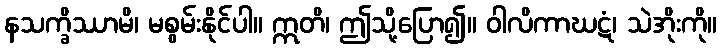
နသက္ခိဿာမိ၊ မစွမ်းနိုင်ပါ။ ဣတိ၊ ဤသို့ပြော၍။ ဝါလိကာဃဋံ၊ သဲအိုးကို။